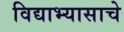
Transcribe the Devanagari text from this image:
विद्याभ्यासाचे